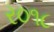
ર૦૧૮